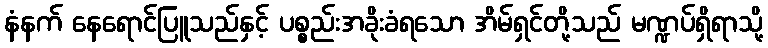
နံနက် နေရောင်ပြူသည်နှင့် ပစ္စည်းအခိုးခံရသော အိမ်ရှင်တို့သည် မဏ္ဍပ်ရှိရာသို့